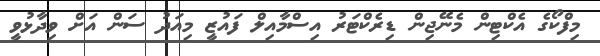
މިފްކޯގެ އެކްޓިން މެނޭޖިން ޑިރެކްޓަރު އިސްމާއިލް ފައުޒީ މިއަދު ސަން އަށް ވިދާޅުވީ